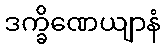
ဒက္ခိဏေယျာနံ